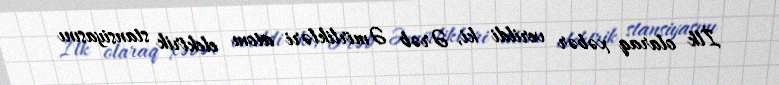
İlk olaraq xəbər verildi ki, Ərəb Əmirlikləri atom elektrik stansiyasını